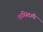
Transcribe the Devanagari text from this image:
फास्स्दिशी